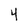
Character: 4